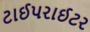
ટાઈપરાઈટર